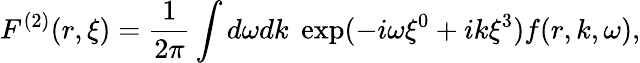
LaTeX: F^{(2)}(r,\xi)=\frac{1}{2\pi}\int d\omega dk\; \exp(-i\omega\xi^{0}+ik\xi^{3})f(r,k,\omega),